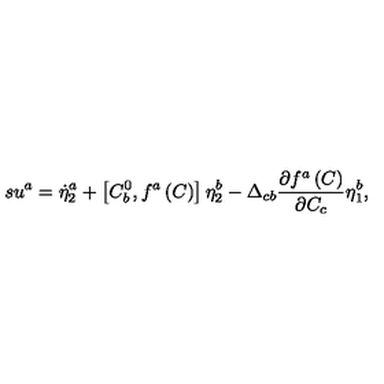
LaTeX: s u ^ { a } = \dot { \eta } _ { 2 } ^ { a } + \left[ C _ { b } ^ { 0 } , f ^ { a } \left( C \right) \right] \eta _ { 2 } ^ { b } - \Delta _ { c b } \frac { \partial f ^ { a } \left( C \right) } { \partial C _ { c } } \eta _ { 1 } ^ { b } ,